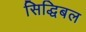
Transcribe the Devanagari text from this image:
सिद्धिबल